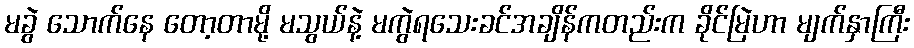
မခွဲ သောက်နေ တော့တာမို့ မသွယ်နဲ့ မကွဲရသေးခင်အချိန်ကတည်းက ခိုင်မြဲဟာ မျက်နှာကြီး